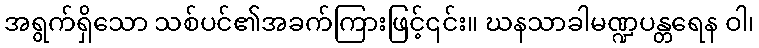
အရွက်ရှိသော သစ်ပင်၏အခက်ကြားဖြင့်၎င်း။ ဃနသာခါမဏ္ဍပန္တရေန ဝါ၊